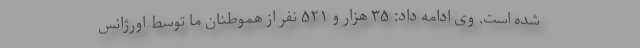
شده است. وی ادامه داد: ٣۵ هزار و ۵٢١ نفر از هموطنان ما توسط اورژانس